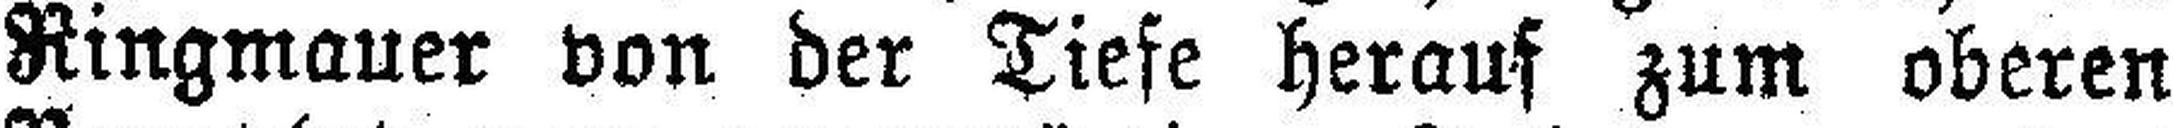
Ringmauer von der Tiefe herauf zum oberen